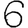
Digit: 6